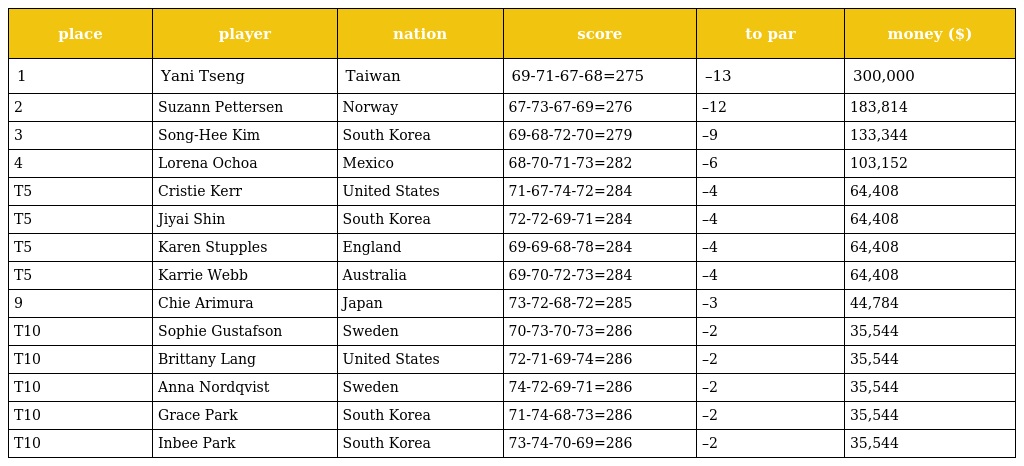
| place | player | nation | score | to par | money ($) |
 | --- | --- | --- | --- | --- | --- |
 | 1 | Yani Tseng | Taiwan | 69-71-67-68=275 | –13 | 300,000 |
 | 2 | Suzann Pettersen | Norway | 67-73-67-69=276 | –12 | 183,814 |
 | 3 | Song-Hee Kim | South Korea | 69-68-72-70=279 | –9 | 133,344 |
 | 4 | Lorena Ochoa | Mexico | 68-70-71-73=282 | –6 | 103,152 |
 | T5 | Cristie Kerr | United States | 71-67-74-72=284 | –4 | 64,408 |
 | T5 | Jiyai Shin | South Korea | 72-72-69-71=284 | –4 | 64,408 |
 | T5 | Karen Stupples | England | 69-69-68-78=284 | –4 | 64,408 |
 | T5 | Karrie Webb | Australia | 69-70-72-73=284 | –4 | 64,408 |
 | 9 | Chie Arimura | Japan | 73-72-68-72=285 | –3 | 44,784 |
 | T10 | Sophie Gustafson | Sweden | 70-73-70-73=286 | –2 | 35,544 |
 | T10 | Brittany Lang | United States | 72-71-69-74=286 | –2 | 35,544 |
 | T10 | Anna Nordqvist | Sweden | 74-72-69-71=286 | –2 | 35,544 |
 | T10 | Grace Park | South Korea | 71-74-68-73=286 | –2 | 35,544 |
 | T10 | Inbee Park | South Korea | 73-74-70-69=286 | –2 | 35,544 |